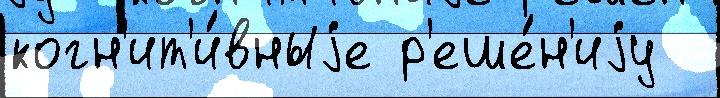
когн'ит'и́вныjе р'еше́н'иjу